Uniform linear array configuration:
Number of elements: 16
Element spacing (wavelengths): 0.25
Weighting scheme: hann
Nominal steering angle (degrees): -30
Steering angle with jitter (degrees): -30.507
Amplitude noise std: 0.05
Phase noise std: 0.05

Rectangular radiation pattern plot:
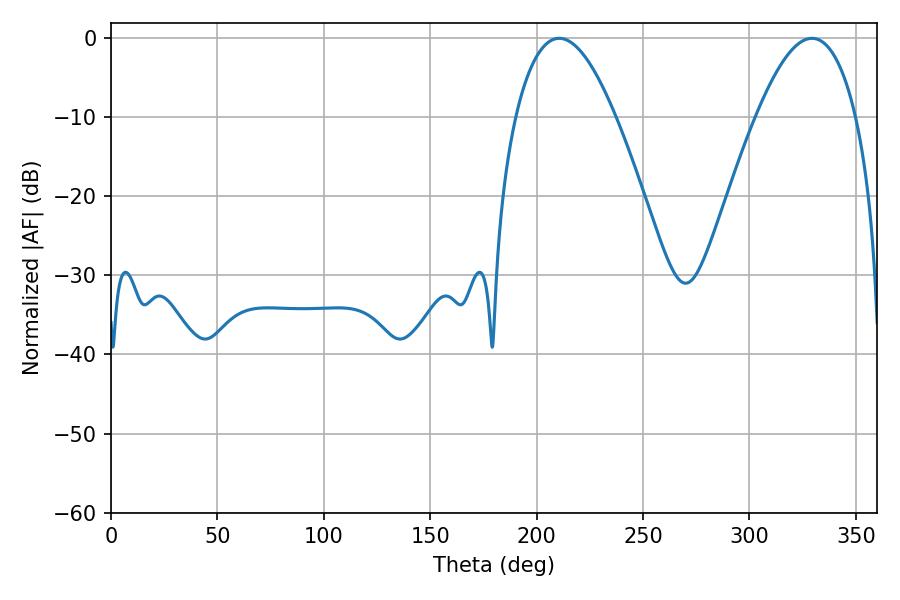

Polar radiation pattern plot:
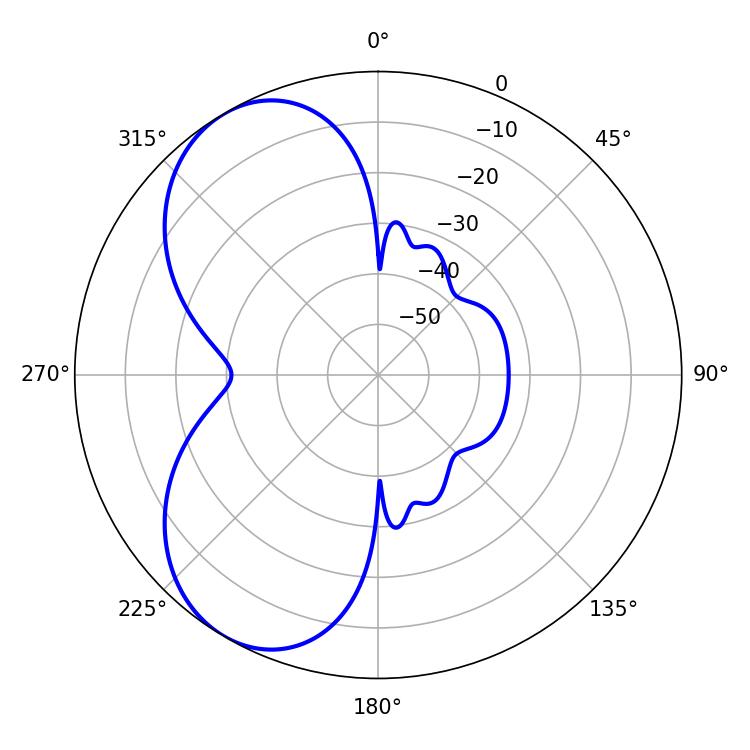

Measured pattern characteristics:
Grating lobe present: FALSE
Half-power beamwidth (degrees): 25.74
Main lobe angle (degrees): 210.6